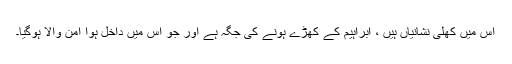
اس میں کھلی نشانیاں ہیں ، ابراہیم کے کھڑے ہونے کی جگہ ہے اور جو اس میں داخل ہوا امن والا ہوگیا۔